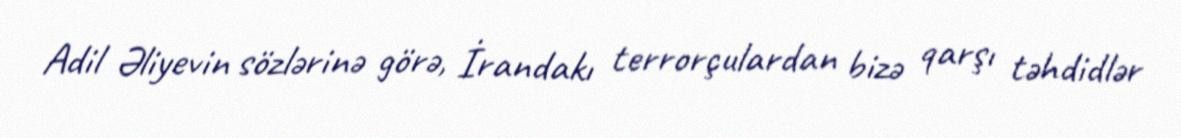
Adil Əliyevin sözlərinə görə, İrandakı terrorçulardan bizə qarşı təhdidlər